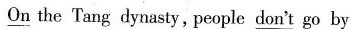
\underline{On} the Tang dynasty, people \underline{don't} go by